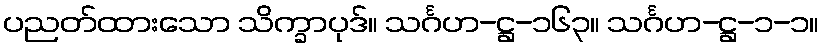
ပညတ်ထားသော သိက္ခာပုဒ်။ သင်္ဂဟ-ဋ္ဌ-၁၆၃။ သင်္ဂဟ-ဋ္ဌ-၁-၁။